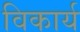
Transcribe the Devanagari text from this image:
विकार्य